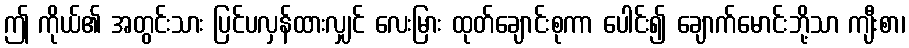
ဤ ကိုယ်၏ အတွင်းသား ပြင်ပလှန်ထားလျှင် လေးမြား ထုတ်ချောင်းစုကာ ပေါင်း၍ ချောက်မောင်းဘို့သာ ကျီးစာ၊